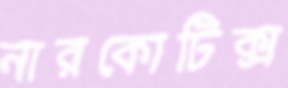
নারকোটিক্স